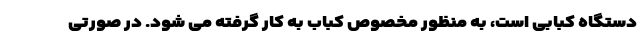
دستگاه کبابی است، به منظور مخصوص کباب به کار گرفته می شود. در صورتی